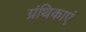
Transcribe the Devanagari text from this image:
ग्रंथिकाएं